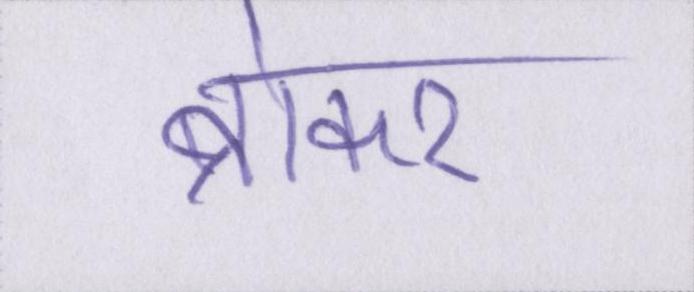
ब्रोकर